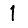
Digit: 1